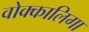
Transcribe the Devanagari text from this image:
वोक्कालिगा